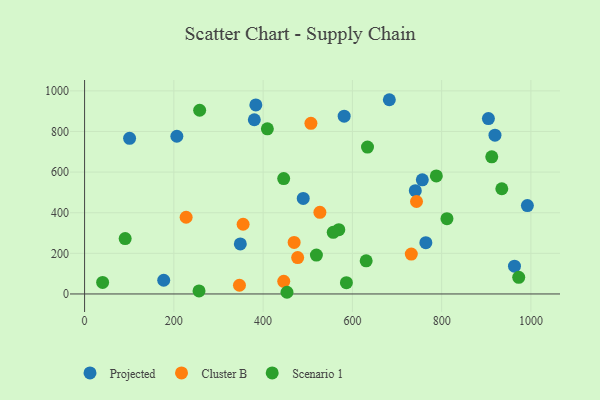
{"axis": {"x": "Investment", "y": "Rating"}, "legend": ["Cluster B", "Projected", "Scenario 1"], "data": [{"x": "380.3", "y": 857.7, "type": "Projected"}, {"x": "963.2", "y": 137.0, "type": "Projected"}, {"x": "348.9", "y": 246.4, "type": "Projected"}, {"x": "177.3", "y": 67.5, "type": "Projected"}, {"x": "383.7", "y": 930.8, "type": "Projected"}, {"x": "206.7", "y": 776.4, "type": "Projected"}, {"x": "919.5", "y": 781.7, "type": "Projected"}, {"x": "489.9", "y": 470.2, "type": "Projected"}, {"x": "764.6", "y": 252.4, "type": "Projected"}, {"x": "100.8", "y": 766.2, "type": "Projected"}, {"x": "682.8", "y": 956.2, "type": "Projected"}, {"x": "756.7", "y": 561.8, "type": "Projected"}, {"x": "904.8", "y": 863.5, "type": "Projected"}, {"x": "581.6", "y": 875.0, "type": "Projected"}, {"x": "992.1", "y": 434.9, "type": "Projected"}, {"x": "741.0", "y": 508.7, "type": "Projected"}, {"x": "347.0", "y": 42.8, "type": "Cluster B"}, {"x": "469.5", "y": 253.9, "type": "Cluster B"}, {"x": "527.2", "y": 401.7, "type": "Cluster B"}, {"x": "743.7", "y": 455.1, "type": "Cluster B"}, {"x": "227.5", "y": 377.7, "type": "Cluster B"}, {"x": "477.4", "y": 179.3, "type": "Cluster B"}, {"x": "507.1", "y": 840.2, "type": "Cluster B"}, {"x": "355.2", "y": 343.1, "type": "Cluster B"}, {"x": "446.2", "y": 62.3, "type": "Cluster B"}, {"x": "732.0", "y": 196.6, "type": "Cluster B"}, {"x": "519.4", "y": 191.6, "type": "Scenario 1"}, {"x": "586.6", "y": 55.7, "type": "Scenario 1"}, {"x": "633.9", "y": 722.9, "type": "Scenario 1"}, {"x": "90.9", "y": 272.9, "type": "Scenario 1"}, {"x": "934.8", "y": 517.9, "type": "Scenario 1"}, {"x": "912.3", "y": 675.3, "type": "Scenario 1"}, {"x": "811.9", "y": 370.5, "type": "Scenario 1"}, {"x": "446.1", "y": 568.1, "type": "Scenario 1"}, {"x": "972.7", "y": 81.9, "type": "Scenario 1"}, {"x": "788.1", "y": 581.1, "type": "Scenario 1"}, {"x": "453.5", "y": 8.3, "type": "Scenario 1"}, {"x": "257.8", "y": 904.4, "type": "Scenario 1"}, {"x": "630.9", "y": 162.9, "type": "Scenario 1"}, {"x": "569.6", "y": 316.5, "type": "Scenario 1"}, {"x": "557.1", "y": 303.6, "type": "Scenario 1"}, {"x": "40.4", "y": 56.8, "type": "Scenario 1"}, {"x": "256.4", "y": 14.8, "type": "Scenario 1"}, {"x": "409.5", "y": 813.0, "type": "Scenario 1"}]}